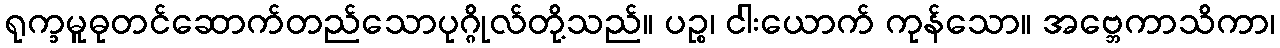
ရုက္ခမူဓုတင်ဆောက်တည်သောပုဂ္ဂိုလ်တို့သည်။ ပဉ္စ၊ ငါးယောက် ကုန်သော။ အဗ္ဘေကာသိကာ၊